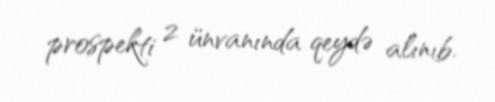
prospekti 2 ünvanında qeydə alınıb.